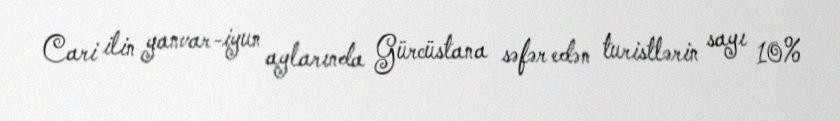
Cari ilin yanvar-iyun aylarında Gürcüstana səfər edən turistlərin sayı 10%